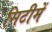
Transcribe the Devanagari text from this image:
सिटीमें